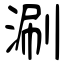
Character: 涮